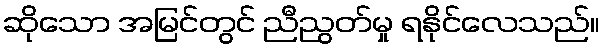
ဆိုသော အမြင်တွင် ညီညွတ်မှု ရနိုင်လေသည်။